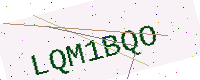
Text: LQM1BQO